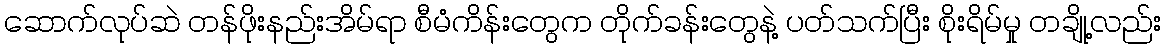
ဆောက်လုပ်ဆဲ တန်ဖိုးနည်းအိမ်ရာ စီမံကိန်းတွေက တိုက်ခန်းတွေနဲ့ ပတ်သက်ပြီး စိုးရိမ်မှု တချို့လည်း